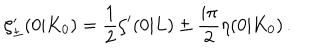
\zeta _ { \pm } ^ { \prime } ( 0 | K _ { 0 } ) = \frac { 1 } { 2 } \zeta ^ { \prime } ( 0 | L ) \pm \frac { i \pi } { 2 } \eta ( 0 | K _ { 0 } ) \, .